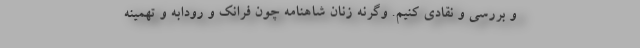
و بررسی و نقادی کنیم. وگرنه زنان شاهنامه چون فرانک و رودابه و تهمینه